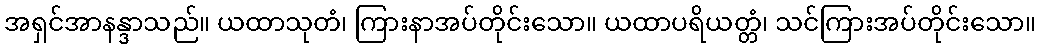
အရှင်အာနန္ဒာသည်။ ယထာသုတံ၊ ကြားနာအပ်တိုင်းသော။ ယထာပရိယတ္တံ၊ သင်ကြားအပ်တိုင်းသော။